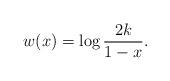
LaTeX: \begin{gather*}w(x) =\log\frac{2k}{1-x}.\end{gather*}